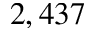
2 , 4 3 7